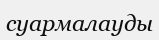
суармалауды